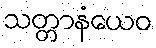
သတ္တာနံယေဝ